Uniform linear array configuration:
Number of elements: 48
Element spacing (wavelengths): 1
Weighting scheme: kaiser
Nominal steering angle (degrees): -60
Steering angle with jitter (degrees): -58.578
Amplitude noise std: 0.05
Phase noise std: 0.05

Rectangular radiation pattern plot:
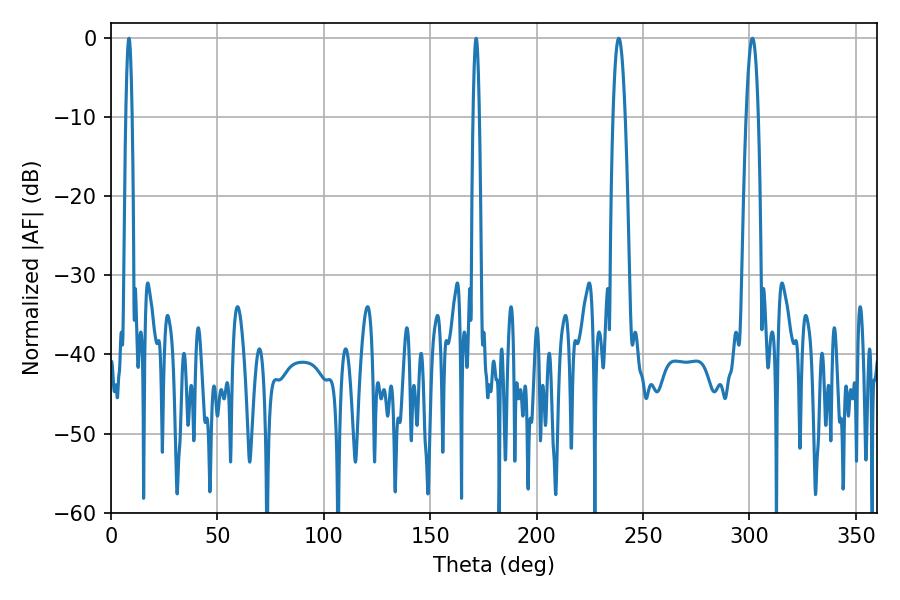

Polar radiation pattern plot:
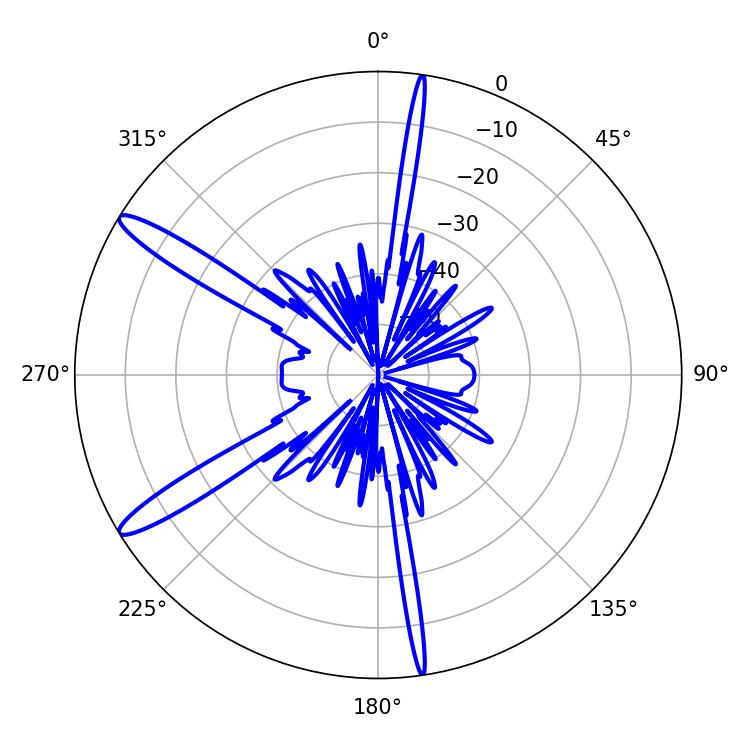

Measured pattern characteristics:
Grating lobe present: TRUE
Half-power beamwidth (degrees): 1.44
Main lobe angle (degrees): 171.54